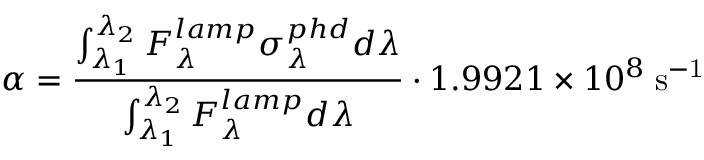
\alpha = \frac { \int _ { \lambda _ { 1 } } ^ { \lambda _ { 2 } } F _ { \lambda } ^ { l a m p } \sigma _ { \lambda } ^ { p h d } d \lambda } { \int _ { \lambda _ { 1 } } ^ { \lambda _ { 2 } } F _ { \lambda } ^ { l a m p } d \lambda } \cdot 1 . 9 9 2 1 \times 1 0 ^ { 8 } \; \mathrm { { s ^ { - 1 } } }